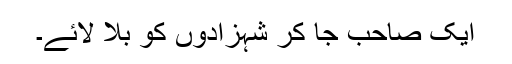
ایک صاحب جا کر شہزادوں کو بلا لائے۔